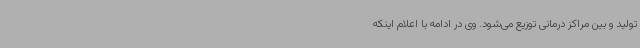
تولید و بین مراکز درمانی توزیع می‌شود. وی در ادامه با اعلام اینکه